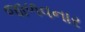
જાળવનાર